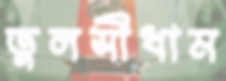
তুলসীধাম